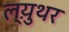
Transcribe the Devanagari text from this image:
ल्य़ुथर